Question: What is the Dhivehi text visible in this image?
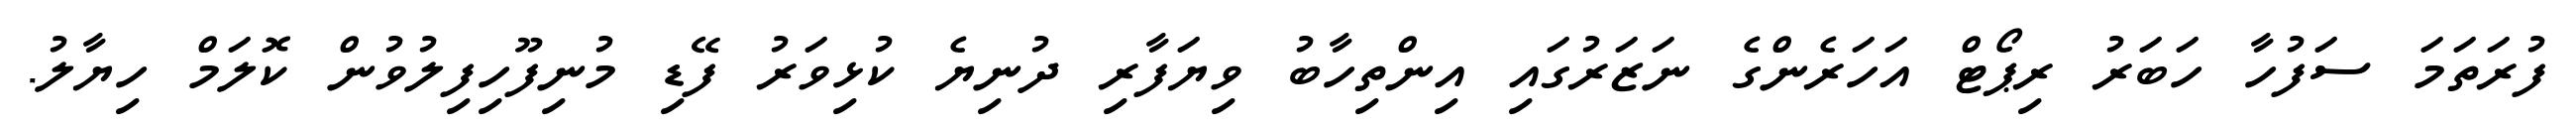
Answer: ފުރަތަމަ ސަފުހާ ހަބަރު ރިޕޯޓް އަހަރެންގެ ނަޒަރުގައި އިންތިހާބު ވިޔަފާރި ދުނިޔެ ކުޅިވަރު ފޭޑި މުނިފޫހިފިލުވުން ކޮލަމް ހިޔާލު.